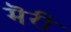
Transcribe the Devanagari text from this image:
मॆरी